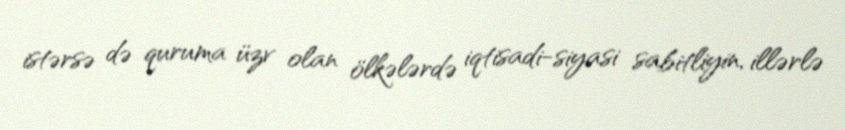
istərsə də quruma üzv olan ölkələrdə iqtisadi-siyasi sabitliyin, illərlə